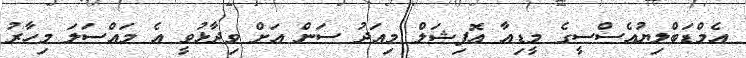
އެމްޑަބްލިޔުއެސްސީގެ މީޑިއާ އޮފިޝަލް މިއަދު ސަން އަށް ވިދާޅުވީ އެ މައްސަލަ މިހާރު